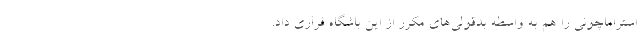
استراماچونی را هم به واسطه بدقولی‌های مکرر از این باشگاه فراری داد.